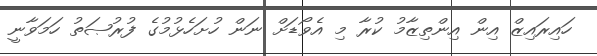
ހައިރައިޒް އިން އިންތިޒާމު ކުރާ މި އެވޯޑަށް ނަން ހުށަހެޅުމުގެ ފުރުޞަތު ހަމަވާނީ